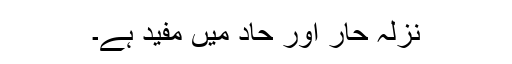
نزلہ حار اور حاد میں مفید ہے۔